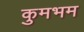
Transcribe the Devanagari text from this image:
कुमभम